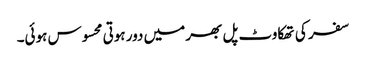
سفر کی تھکاوٹ پل بھر میں دور ہوتی محسوس ہوئی۔